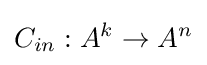
C_{in}:A^{k}\rightarrow A^{n}